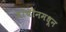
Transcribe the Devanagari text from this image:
जोचीनमधून